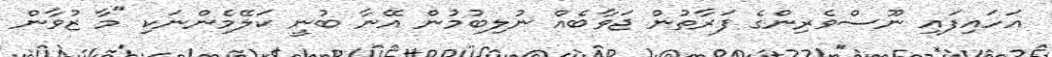
އަހައިފައި ނޫސްވެރިންގެ ފަރާތުން ޖަވާބެއް ނުލިބުމުން އޭނާ ބުނީ ކަލޭމެންނަކި "މާ ޒުވާން